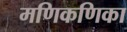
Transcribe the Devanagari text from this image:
मणिकणिका